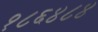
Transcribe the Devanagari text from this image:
१८६४८४